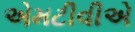
એમટીવીએ